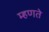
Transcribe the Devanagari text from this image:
म्‍हणते